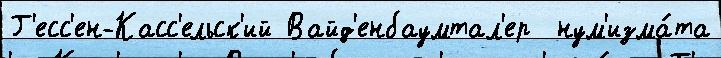
Г'есс'ен-Касс'ельск'ий Вайд'енбаумтал'ер  нум'изма́та